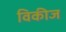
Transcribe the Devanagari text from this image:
विकीज